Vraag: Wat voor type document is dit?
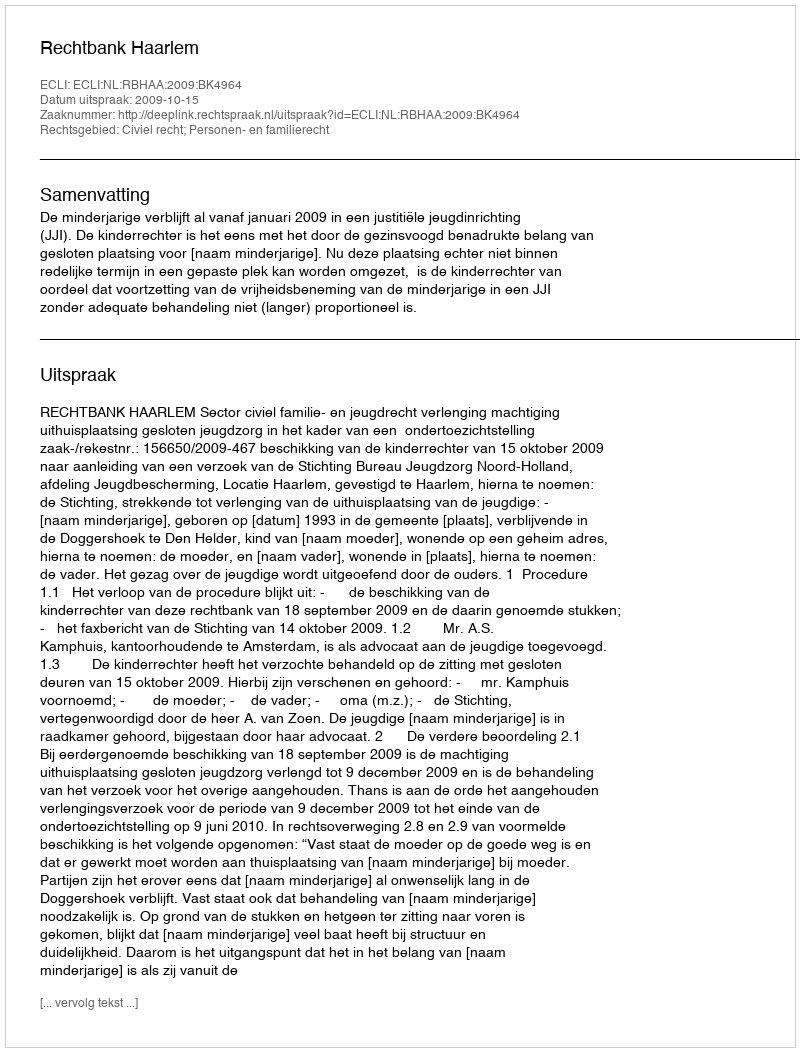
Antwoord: Uitspraak